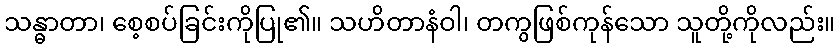
သန္ဓာတာ၊ စေ့စပ်ခြင်းကိုပြု၏။ သဟိတာနံဝါ၊ တကွဖြစ်ကုန်သော သူတို့ကိုလည်း။